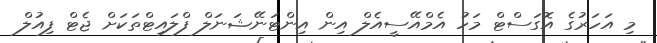
މި އަހަރުގެ އޮގަސްޓް މަހު އެމްއޭސީއެލް އިން އިންޓަނޭޝަނަލް ފްލައިޓްތަކަށް ޖެޓް ފިއުލް